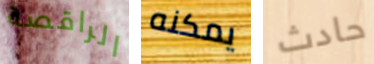
الراقصة يمكنه حادث